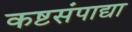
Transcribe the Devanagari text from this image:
कष्टसंपाद्या